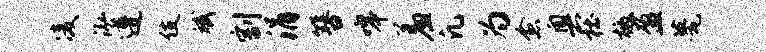
凌泓遵伎斌割涓簪嗥羞凡为愈奥杜檄盈甍